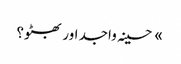
» حسینہ واجد اور بھٹو؟